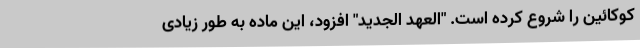
کوکائین را شروع کرده است. "العهد الجدید" افزود، این ماده به طور زیادی